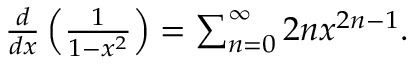
\begin{array} { r } { \frac { d } { d x } \left( \frac { 1 } { 1 - x ^ { 2 } } \right) = \sum _ { n = 0 } ^ { \infty } 2 n x ^ { 2 n - 1 } . } \end{array}